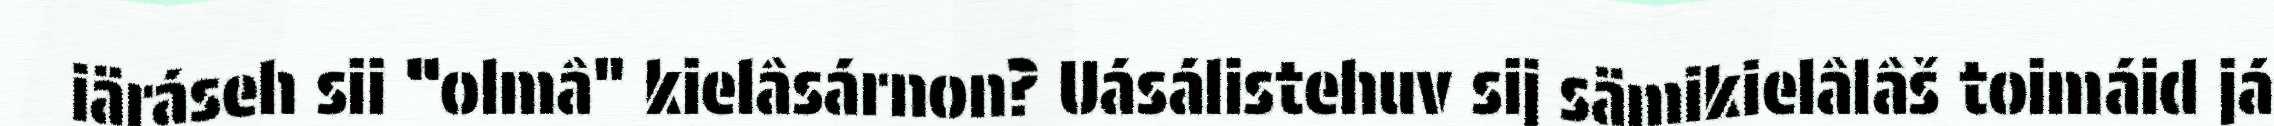
iäráseh sii “olmâ" kielâsárnon? Uásálistehuv sij sämikielâlâš toimáid já